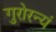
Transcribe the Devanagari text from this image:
गुरोरन्यं